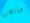
هانحن